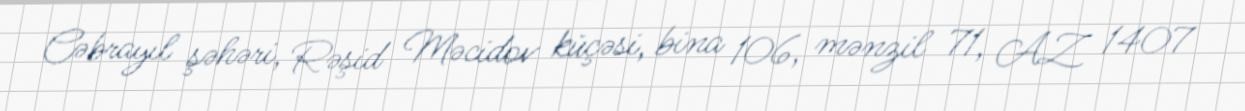
Cəbrayıl şəhəri, Rəşid Məcidov küçəsi, bina 106, mənzil 71, AZ 1407